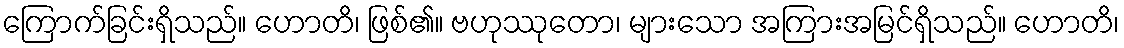
ကြောက်ခြင်းရှိသည်။ ဟောတိ၊ ဖြစ်၏။ ဗဟုဿုတော၊ များသော အကြားအမြင်ရှိသည်။ ဟောတိ၊